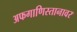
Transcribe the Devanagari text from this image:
अफगाणिस्तानावर